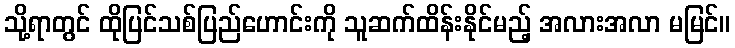
သို့ရာတွင် ထိုပြင်သစ်ပြည်ဟောင်းကို သူဆက်ထိန်းနိုင်မည့် အလားအလာ မမြင်။